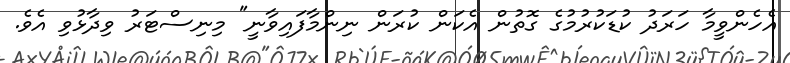
އެހެންވީމާ ހަރަދު ކުޑަކުރުމުގެ ގޮތުން އެކަން ކުރަން ނިންމާފައިވާނީ" މިނިސްޓަރު ވިދާޅުވި އެވެ.